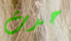
حدث